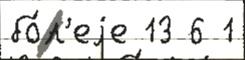
бо́л'еjе 13 6 1